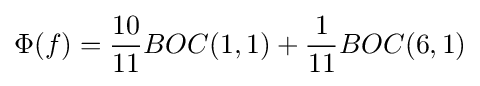
\Phi (f)={\frac {10}{11}}BOC(1,1)+{\frac {1}{11}}BOC(6,1)